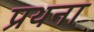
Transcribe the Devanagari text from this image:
प्रथना